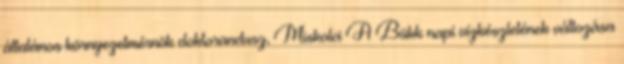
általános környezetmérnök doktorandusz, Miskolci A Bükk napi vízkészletének változása